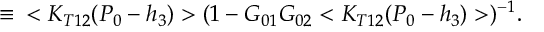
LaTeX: \, \, \equiv \, \, \, < K _ { T 1 2 } ( P _ { 0 } - h _ { 3 } ) > ( 1 - G _ { 0 1 } G _ { 0 2 } < K _ { T 1 2 } ( P _ { 0 } - h _ { 3 } ) > ) ^ { - 1 } .